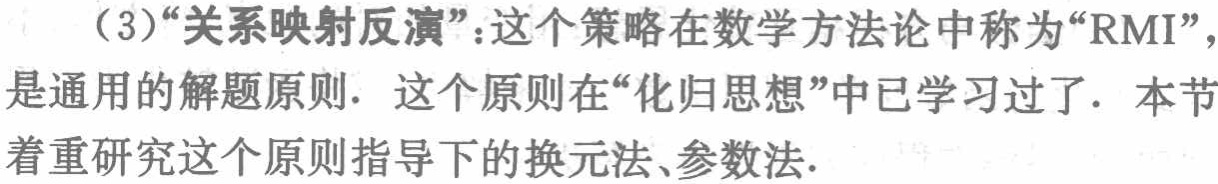
（3）“关系映射反演”：这个策略在数学方法论中称为“RMI”，是通用的解题原则. 这个原则在“化归思想”中已学习过了. 本节着重研究这个原则指导下的换元法、参数法.